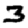
Digit: 3